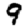
Digit: 9